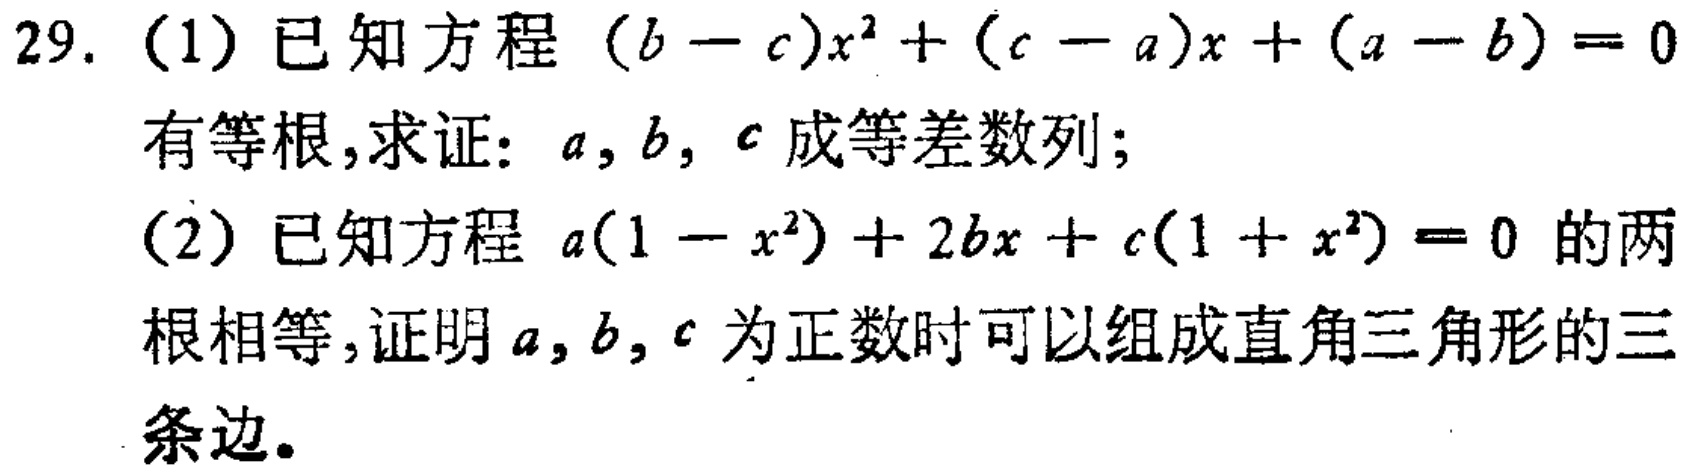
29. （1）已知方程\((b - c)x^{2}+(c - a)x+(a - b)=0\)有等根，求证：\(a,b,c\)成等差数列；
（2）已知方程\(a(1 - x^{2})+2bx + c(1 + x^{2})=0\)的两根相等，证明\(a,b,c\)为正数时可以组成直角三角形的三条边。